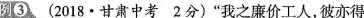
例③(2018·甘肃中考2分)”我之廉价工人，彼亦得